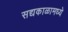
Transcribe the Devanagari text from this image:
सद्यकाळामध्ये